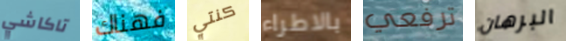
تاكاشي فهناك كنتي بالاطراء ترفعي البرهان